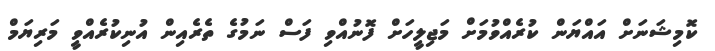
ކޮމިޝަނަށް އައްޔަން ކުރެއްވުމަށް މަޖިލީހަށް ފޮނުއްވި ފަސް ނަމުގެ ތެރެއިން އުނިކުރެއްވީ މަރިޔަމް